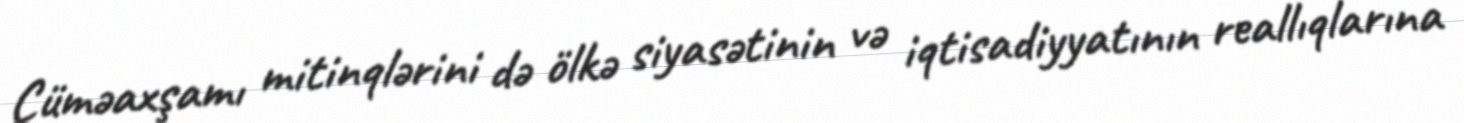
Cüməaxşamı mitinqlərini də ölkə siyasətinin və iqtisadiyyatının reallıqlarına